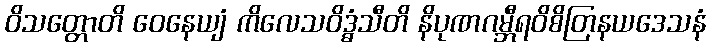
ဝိသတ္တောတိ ဝေနေယျံ ကိလေသဝိဒ္ဓံသီတိ နိပုဏဂမ္ဘီရဝိစိတြနယဒေသနံ